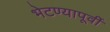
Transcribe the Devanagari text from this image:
भेटण्यापूर्वी